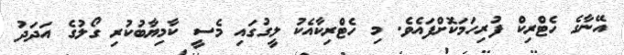
އޭނާގެ ހެޓްރިކް ފުރިހަމަކޮށްފައެވެ. މި ހެޓްރިކާއެކު ލީގުގައި މެސީ ކާމިޔާބުކުރި ގޯލުގެ އަދަދު